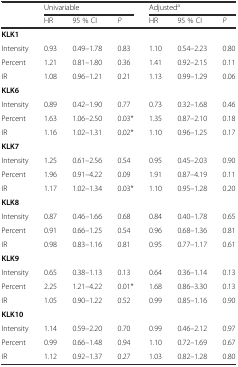
<table><thead><tr><td></td><td colspan="3"><b>Univariable</b></td><td colspan="3"><b>Adjusted<sup>a</sup></b></td></tr><tr><td></td><td><b>HR</b></td><td><b>95 % CI</b></td><td><b><i>P</i></b></td><td><b>HR</b></td><td><b>95 % CI</b></td><td><b><i>P</i></b></td></tr></thead><tbody><tr><td><b>KLK1</b></td><td></td><td></td><td></td><td></td><td></td><td></td></tr><tr><td>Intensity</td><td>0.93</td><td>0.49–1.78</td><td>0.83</td><td>1.10</td><td>0.54–2.23</td><td>0.80</td></tr><tr><td>Percent</td><td>1.21</td><td>0.81–1.80</td><td>0.36</td><td>1.41</td><td>0.92–2.15</td><td>0.11</td></tr><tr><td>IR</td><td>1.08</td><td>0.96–1.21</td><td>0.21</td><td>1.13</td><td>0.99–1.29</td><td>0.06</td></tr><tr><td><b>KLK6</b></td><td></td><td></td><td></td><td></td><td></td><td></td></tr><tr><td>Intensity</td><td>0.89</td><td>0.42–1.90</td><td>0.77</td><td>0.73</td><td>0.32–1.68</td><td>0.46</td></tr><tr><td>Percent</td><td>1.63</td><td>1.06–2.50</td><td>0.03*</td><td>1.35</td><td>0.87–2.10</td><td>0.18</td></tr><tr><td>IR</td><td>1.16</td><td>1.02–1.31</td><td>0.02*</td><td>1.10</td><td>0.96–1.25</td><td>0.17</td></tr><tr><td><b>KLK7</b></td><td></td><td></td><td></td><td></td><td></td><td></td></tr><tr><td>Intensity</td><td>1.25</td><td>0.61–2.56</td><td>0.54</td><td>0.95</td><td>0.45–2.03</td><td>0.90</td></tr><tr><td>Percent</td><td>1.96</td><td>0.91–4.22</td><td>0.09</td><td>1.91</td><td>0.87–4.19</td><td>0.11</td></tr><tr><td>IR</td><td>1.17</td><td>1.02–1.34</td><td>0.03*</td><td>1.10</td><td>0.95–1.28</td><td>0.20</td></tr><tr><td><b>KLK8</b></td><td></td><td></td><td></td><td></td><td></td><td></td></tr><tr><td>Intensity</td><td>0.87</td><td>0.46–1.66</td><td>0.68</td><td>0.84</td><td>0.40–1.78</td><td>0.65</td></tr><tr><td>Percent</td><td>0.91</td><td>0.66–1.25</td><td>0.54</td><td>0.96</td><td>0.68–1.36</td><td>0.81</td></tr><tr><td>IR</td><td>0.98</td><td>0.83–1.16</td><td>0.81</td><td>0.95</td><td>0.77–1.17</td><td>0.61</td></tr><tr><td><b>KLK9</b></td><td></td><td></td><td></td><td></td><td></td><td></td></tr><tr><td>Intensity</td><td>0.65</td><td>0.38–1.13</td><td>0.13</td><td>0.64</td><td>0.36–1.14</td><td>0.13</td></tr><tr><td>Percent</td><td>2.25</td><td>1.21–4.22</td><td>0.01*</td><td>1.68</td><td>0.86–3.30</td><td>0.13</td></tr><tr><td>IR</td><td>1.05</td><td>0.90–1.22</td><td>0.52</td><td>0.99</td><td>0.85–1.16</td><td>0.90</td></tr><tr><td colspan="2"><b>KLK10</b></td><td></td><td></td><td></td><td></td><td></td></tr><tr><td>Intensity</td><td>1.14</td><td>0.59–2.20</td><td>0.70</td><td>0.99</td><td>0.46–2.12</td><td>0.97</td></tr><tr><td>Percent</td><td>0.99</td><td>0.66–1.48</td><td>0.94</td><td>1.10</td><td>0.72–1.69</td><td>0.67</td></tr><tr><td>IR</td><td>1.12</td><td>0.92–1.37</td><td>0.27</td><td>1.03</td><td>0.82–1.28</td><td>0.80</td></tr></tbody></table>